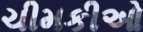
ચીમકીઓ